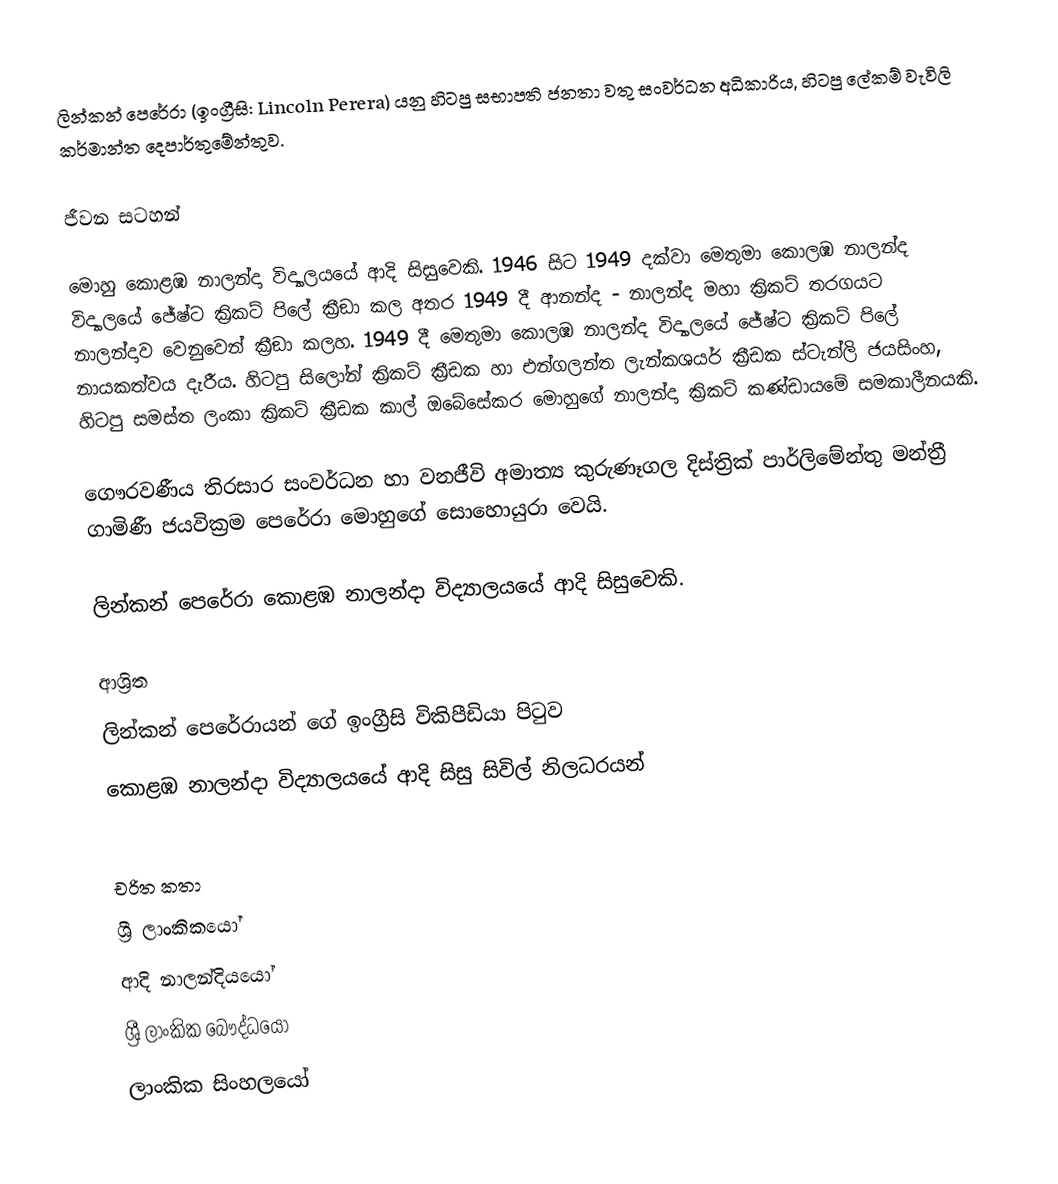
ලින්කන් පෙරේරා (ඉංග්‍රීසි: Lincoln Perera) යනු  හිටපු  සභාපති ජනතා වතු සංවර්ධන අධිකාරිය, හිටපු ලේකම් වැවිලි කර්මාන්ත දෙපාර්තුමේන්තුව.

ජීවන සටහන්

මොහු  කොළඹ නාලන්දා විද්‍යාලයයේ ආදි සිසුවෙකි. 1946 සිට 1949 දක්වා මෙතුමා කොලඹ නාලන්ද  විද්‍යාලයේ  ජේෂ්ට ක්‍රිකට් පිලේ ක්‍රීඞා  කල අතර 1949 දී ආනන්ද - නාලන්ද මහා ක්‍රිකට් තරගයට නාලන්දාව වෙනුවෙන් ක්‍රීඞා කලහ.  1949 දී  මෙතුමා කොලඹ නාලන්ද  විද්‍යාලයේ  ජේෂ්ට ක්‍රිකට් පිලේ නායකත්වය දැරීය. හිටපු සිලෝන් ක්‍රිකට් ක්‍රීඩක හා එන්ගලන්ත ලැන්කශයර් ක්‍රීඩක  ස්ටැන්ලි ජයසිංහ, හිටපු සමස්ත ලංකා ක්‍රිකට් ක්‍රීඩක කාල් ඔබේසේකර මොහුගේ නාලන්දා ක්‍රිකට් කණ්ඩායමේ සමකාලීනයකි.

ගෞරවණීය තිරසාර සංවර්ධන හා වනජීවි අමාත්‍ය කුරුණෑගල දිස්ත්‍රික් පාර්ලිමේන්තු මන්ත්‍රී  ගාමිණී ජයවික්‍රම පෙරේරා මොහුගේ සොහොයුරා වෙයි.

ලින්කන් පෙරේරා කොළඹ නාලන්දා විද්‍යාලයයේ ආදි සිසුවෙකි.

ආශ්‍රිත
  ලින්කන් පෙරේරායන් ගේ ඉංග්‍රීසි විකිපීඩියා පිටුව
 කොළඹ නාලන්දා විද්‍යාලයයේ ආදි සිසු සිවිල් නිලධරයන්

චරිත කතා
ශ්‍රී ලාංකිකයෝ
ආදි නාලන්දියයෝ
ශ්‍රී ලාංකික බෞද්ධයෝ
ලාංකික සිංහලයෝ